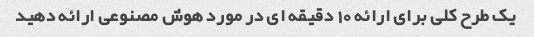
یک طرح کلی برای ارائه 10 دقیقه ای در مورد هوش مصنوعی ارائه دهید